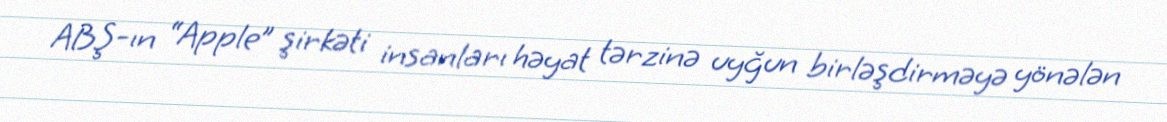
ABŞ-ın “Apple” şirkəti insanları həyat tərzinə uyğun birləşdirməyə yönələn